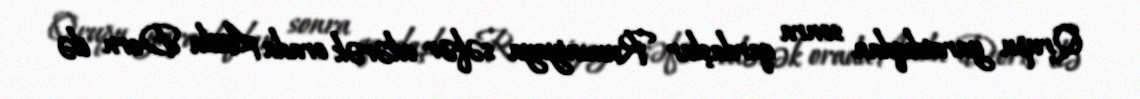
Qrupu yaratdıqdan sonra qardaşlar Rumıniyaya səfər edərək orada Attila Dorn ilə